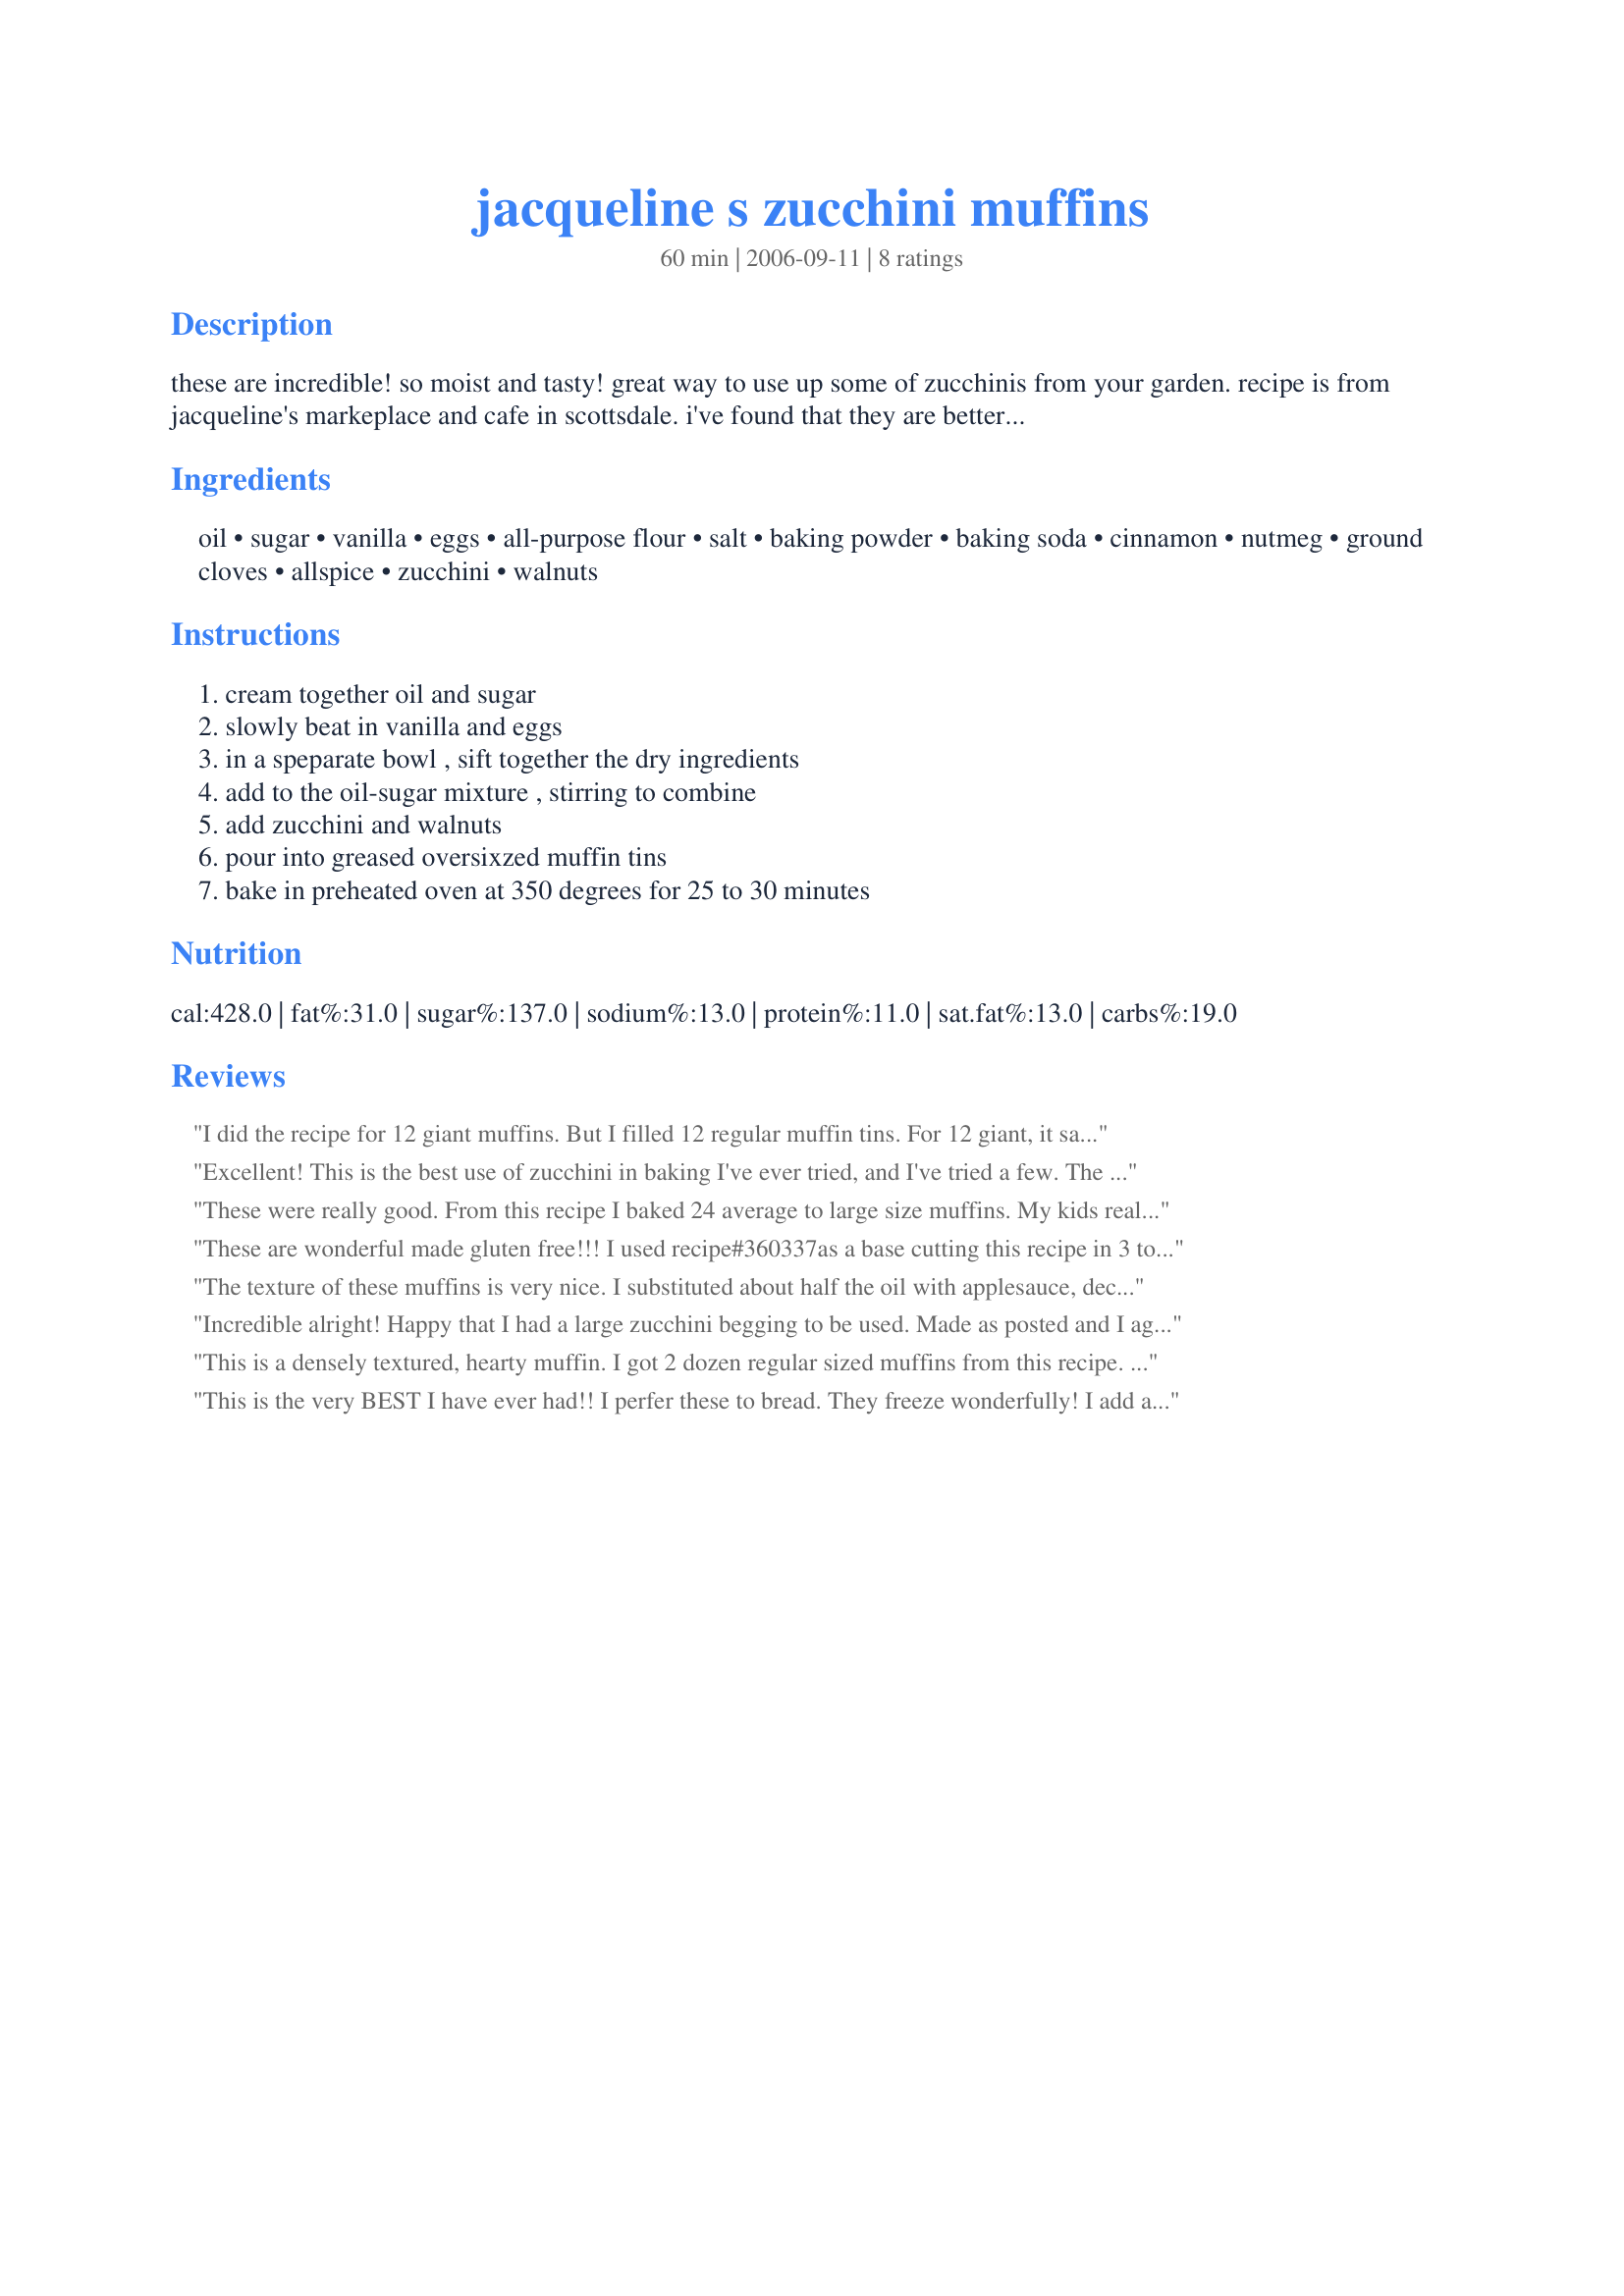
jacqueline s zucchini muffins
Preparation time: 60 minutes

these are incredible! so moist and tasty! great way to use up some of zucchinis from your garden. recipe is from jacqueline's markeplace and cafe in scottsdale. i've found that they are better if the batter is allowed to sit for 15 to 20 minutes before baking. this allows the zucchini to release the water. i love cinnamon, however if preferred you can reduce the amount of cinnamon. muffins freeze well.

Ingredients:
oil, sugar, vanilla, eggs, all-purpose flour, salt, baking powder, baking soda, cinnamon, nutmeg, ground cloves, allspice, zucchini, walnuts

Steps:
cream together oil and sugar, slowly beat in vanilla and eggs, in a speparate bowl , sift together the dry ingredients, add to the oil-sugar mixture , stirring to combine, add zucchini and walnuts, pour into greased oversixzed muffin tins, bake in preheated oven at 350 degrees for 25 to 30 minutes

Reviews:
I did the recipe for 12 giant muffins. But I filled 12 regular muffin tins. For 12 giant, it says 2 cups sugar. I used 1 cup sugar. But it's too much. Too sweet. I'll reduce to 3/4 cup next time. I omitted the salt cause my BF has high blood pressure. I omitted nutmeg and walnut. Made for 123 hit wonders. Thanks Galley Wench :)
Excellent! This is the best use of zucchini in baking I've ever tried, and I've tried a few. The texture of the muffins is wonderful (not overly moist as some zucchini breads), they rise to a nicely rounded shape, and the flavour is fantastic. I did reduce all of the spices by half and it was perfect for us, mildly spiced. I let the batter sit for 15 minutes as suggested and that made it moist enough to scoop easily into the muffin tins. I also substituted golden raisins for the nuts. This made 24 regular sized muffins baked for 20 minutes. These will be perfect to take from the freezer to pop into school lunches. Thank you, Galley Wench!
These were really good. From this recipe I baked 24 average to large size muffins. My kids really liked them. I loved the cinnamon flavor. I mixed 1/2 shredded yellow squash and 1/2 zucchini since I have an abundance of both right now. I plan on baking these again and freezing them to keep them on hand. Thanks for sharing this recipe.
These are wonderful made gluten free!!! I used recipe#360337as a base cutting this recipe in 3 to work well together ending up with 8 large muffins. I did add about 1/2 cup or more Balkan (thick) yogurt instead of the 1 cup of something wet in the gf recipe since I felt the mixture did need extra moisture along with the shredded zucchini. I used canola oil and a little less than 1 cup unpacked brown sugar, I used sea salt, 1 tbs organic apple cider vinegar instead of the baking powder. I used a sub for allspice that I will post soon for the allspice and the nutmeg as we do not consume intoxicants. I did not add ground cloves as there was already some in the substitute for allspice. And I cut a little back on the cinnamon as that is in the substitute as well but I love cinnamon too. I will absolutely make these again. Made for Nuffin But Muffin Tag Game - 10/10 in KK's forum.
The texture of these muffins is very nice. I substituted about half the oil with applesauce, decreased the cinnamon by half, and decreased the sugar by 1/2 cup. I will be making these again.
Incredible alright! Happy that I had a large zucchini begging to be used. Made as posted and I agree these are incredibly moist and delicious, so much so your recipe is now right along side our favourite tried and true. Did cut the cinnamon to 3 teaspoons just in case - but suspect we would have loved them just as much with the extra teaspoon. Did as suggested and let the batter sit for 20 minutes. These are so perfect as is I do not want to play with the recipe which is one we enjoyed, one I would serve to family and friends and know the plate would empty at coffee hour! ( While I do not intend to change a thing to serve family and friends - plans are to do a small amount up subbing some ingredients such as the sugar and baking them in a mini muffin pan so dh can enjoy a taste too!)
This is a densely textured, hearty muffin. I got 2 dozen regular sized muffins from this recipe. Since mine were smaller, 20 min. of cook time was sufficient. Make sure you heed Galley Wench's advice to let the batter sit after mixing. It does make a difference. My only problem with this recipe is that the amount of cinnamon was way too much for my family. I will halve it next time. Also, I used egg and sugar substitutes with no ill effect. Raisins might be a nice substitution for some or all of the nuts. I loved that I had muffins for the family and the freezer. Thanks for a good recipe, Galley Wench.
This is the very BEST I have ever had!! I perfer these to bread. They freeze wonderfully! I add a crumble topping sometimes. #142738.<br/>I top the muffin before I bake. Sooooooo Good!
